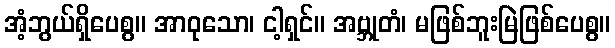
အံ့ဘွယ်ရှိပေစွ။ အာဝုသော၊ ငါ့ရှင်။ အဗ္ဘုတံ၊ မဖြစ်ဘူးမြဲဖြစ်ပေစွ။